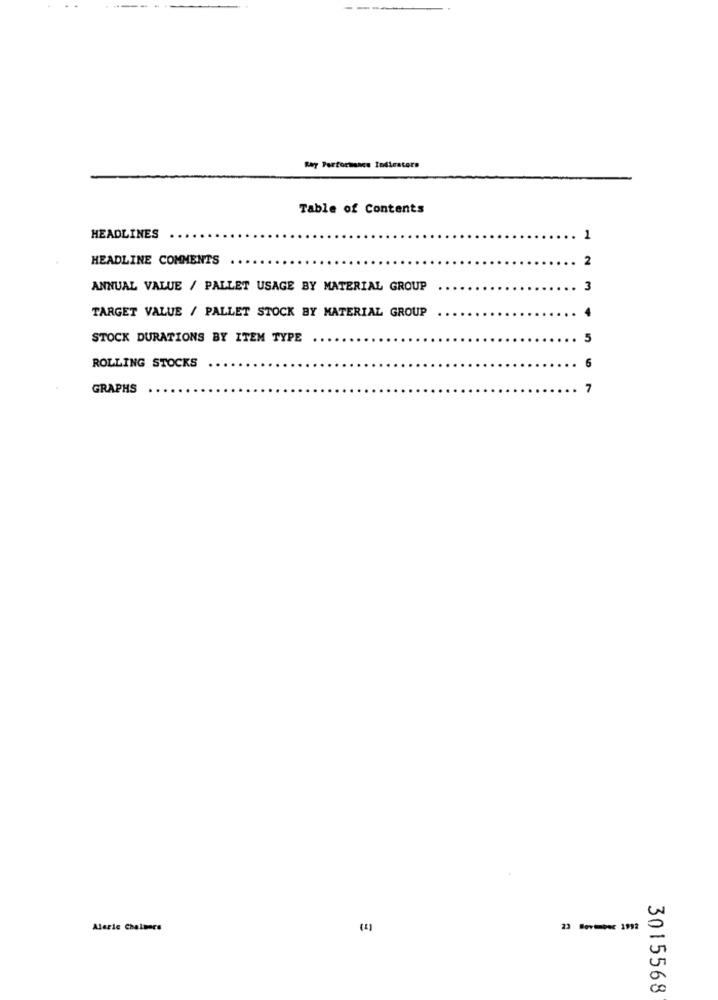
Ray Performance Indicators
Table of Contents
HEADLINES
1
HEADLINE COMMENTS
2
ANNUAL VALUE / PALLET USAGE BY MATERIAL GROUP
3
TARGET VALUE / PALLET STOCK BY MATERIAL GROUP
STOCK DURATIONS BY ITEM TYPE
5
ROLLING STOCKS
6
GRAPHS
7
Alaric Chalmers
-ner 1992
3015568